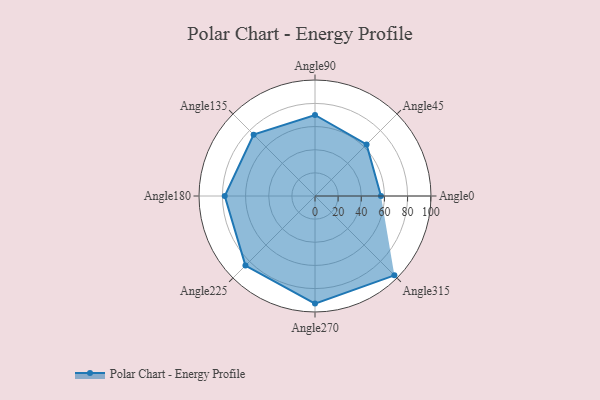
{"axis": {"x": "Angle", "y": "Radius"}, "legend": [""], "data": [{"x": "Angle0", "y": 57.0, "type": ""}, {"x": "Angle45", "y": 63.0, "type": ""}, {"x": "Angle90", "y": 70.0, "type": ""}, {"x": "Angle135", "y": 75.0, "type": ""}, {"x": "Angle180", "y": 78.0, "type": ""}, {"x": "Angle225", "y": 85.0, "type": ""}, {"x": "Angle270", "y": 93.0, "type": ""}, {"x": "Angle315", "y": 97.0, "type": ""}]}